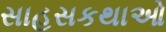
સાહસકથાઓ